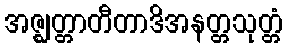
အဇ္ဈတ္တာတီတာဒိအနတ္တသုတ္တံ